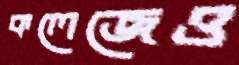
কলেজেও